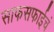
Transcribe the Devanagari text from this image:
साफसफाईचं